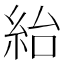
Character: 紿